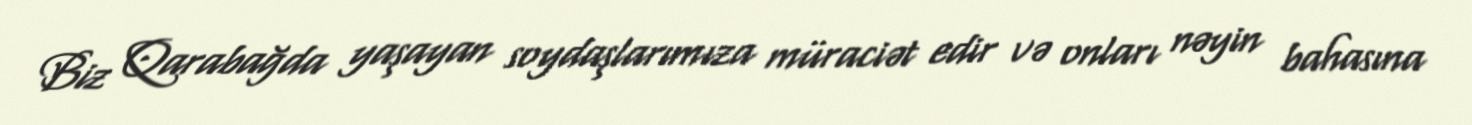
Biz Qarabağda yaşayan soydaşlarımıza müraciət edir və onları nəyin bahasına